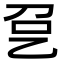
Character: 㐒